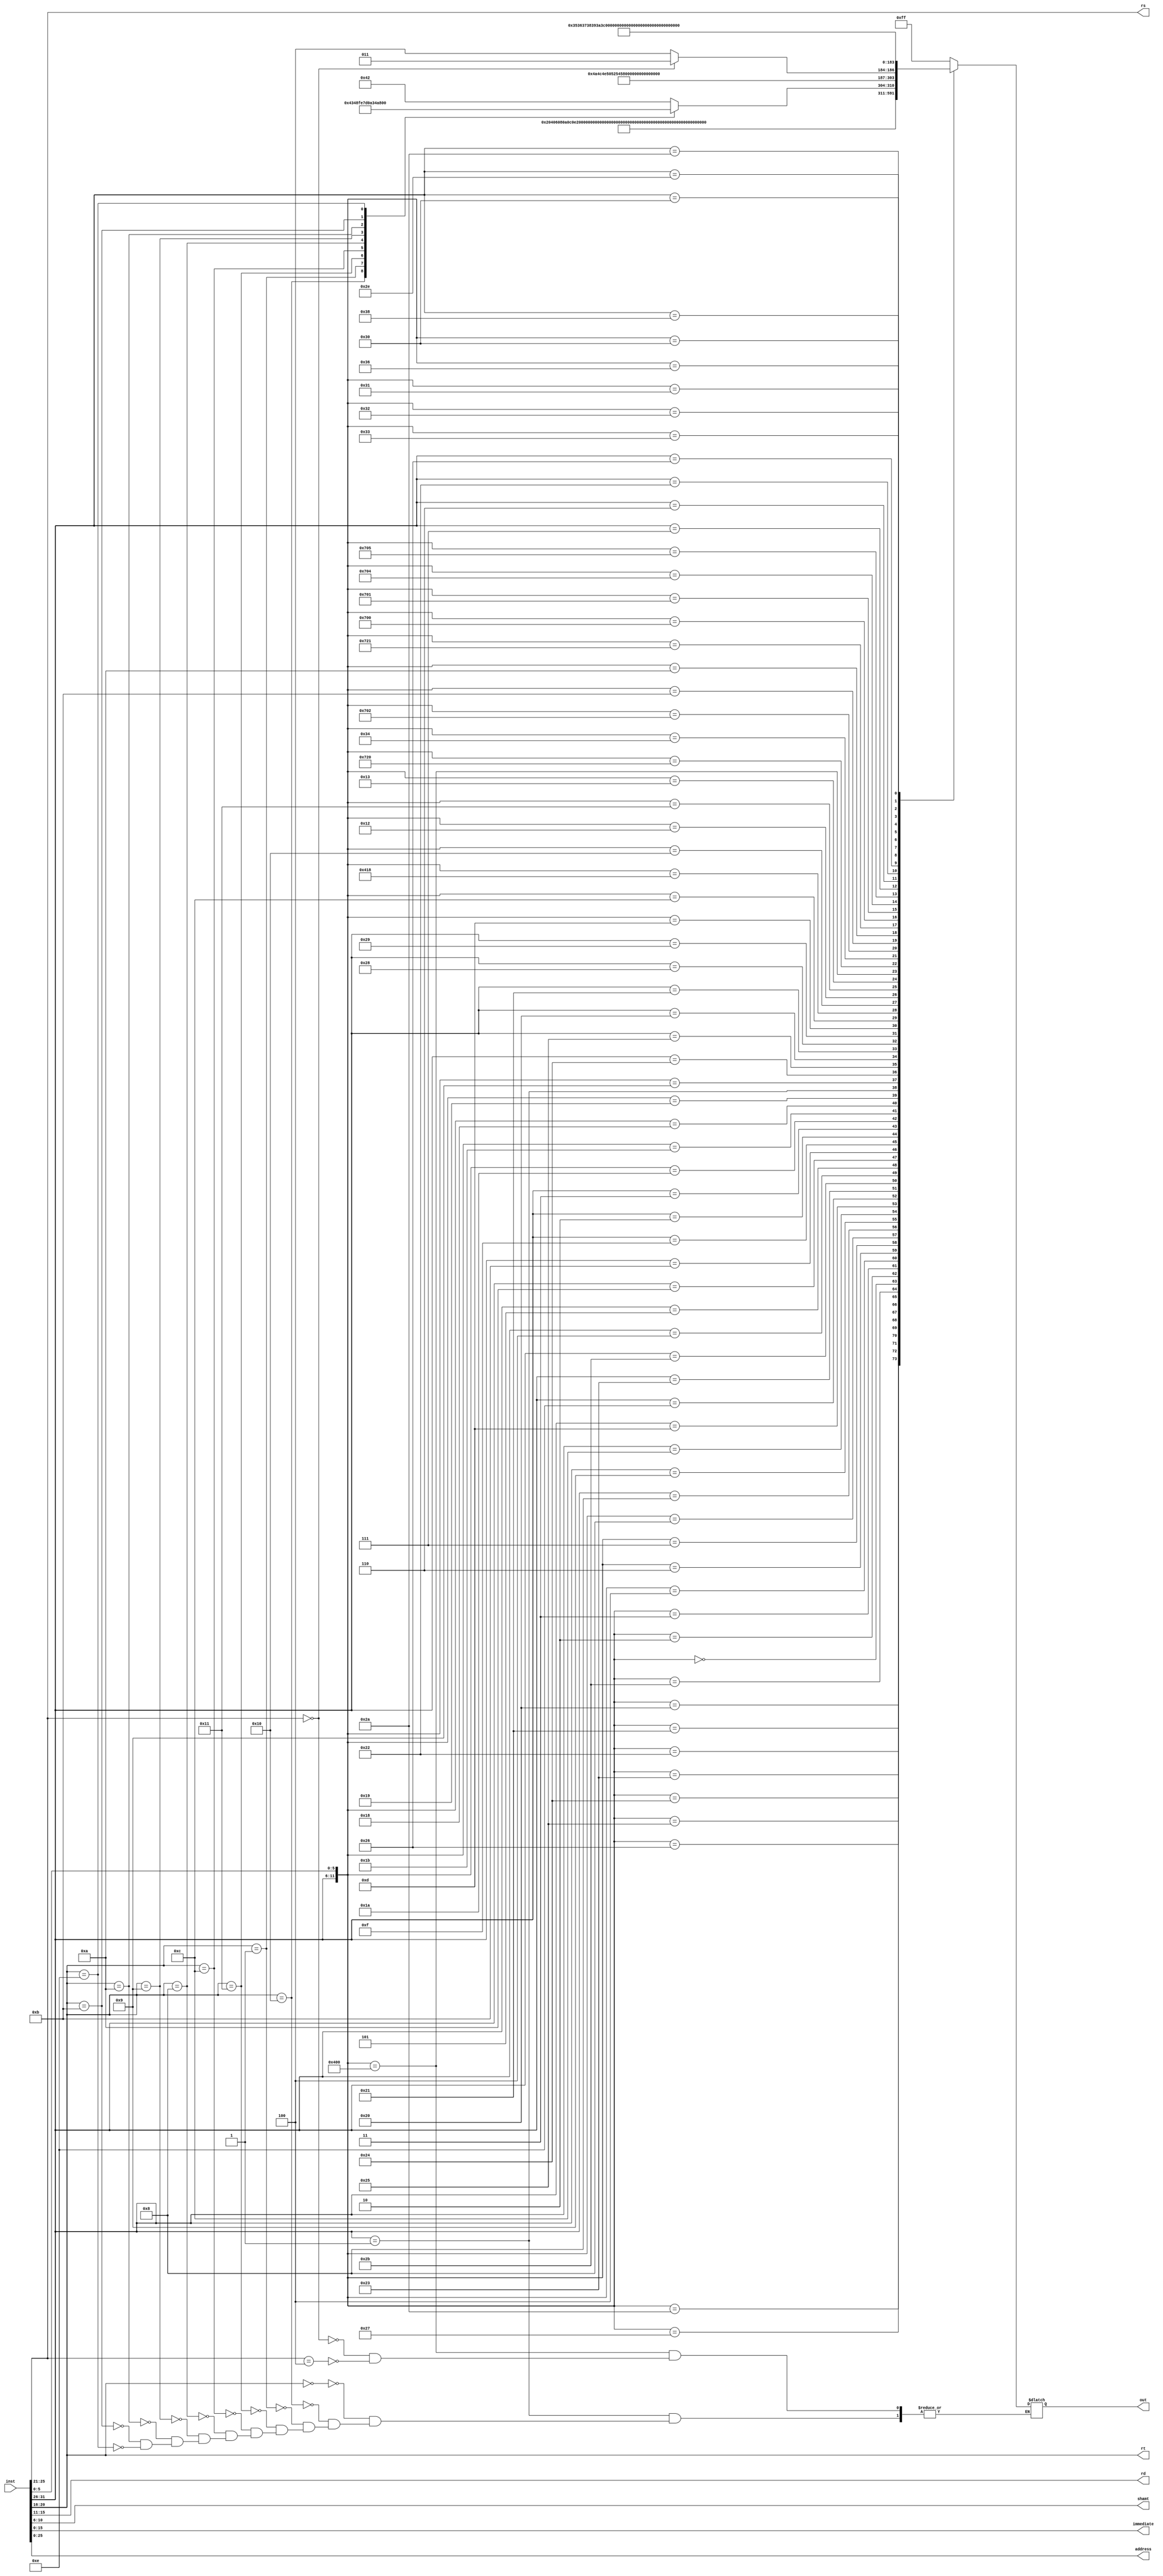
`timescale 1ns / 1ps
module decoder(
    input [31:0] inst,
    output [4:0] rs,
    output [4:0] rt,
    output [4:0] rd,
    output [4:0] shamt,
    output [15:0] immediate,
    output [25:0] address,
    output reg [7:0] out
    );
    assign rs = inst[25:21];
    assign rt = inst[20:16];
    assign rd = inst[15:11];
    assign shamt = inst[10:6];
    assign immediate = inst[15:0];
    assign address = inst[25:0];
    assign base = inst[25:21];
    assign offset = inst[15:0];
    
    parameter ADD=8'd1,ADDU=8'd2,SUB=8'd3,SUBU=8'd4,AND=8'd5,OR=8'd6,XOR=8'd7,NOR=8'd8,SLT=8'd9,SLTU=8'd10,SLL=8'd11,SRL=8'd12,SRA=8'd13,SLLV=8'd14,SRLV=8'd15,SRAV=8'd16,JR=8'd17,
    ADDI=8'd18,ADDIU=8'd19,ANDI=8'd20,ORI=8'd21,XORI=8'd22,LW=8'd23,SW=8'd24,BEQ=8'd25,BNE=8'd26,SLTI=8'd27,SLTIU=8'd28,LUI=8'd29,J=8'd30,JAL=8'd31,
    
    DIV=8'd32,DIVU=8'd33,MULT=8'd34,MULTU=8'd35,BGEZ=8'd36,JALR=8'd37,LBU=8'd38,LHU=8'd39,LB=8'd40,LH=8'd41,SB=8'd42,SH=8'd43,BREAK=8'd44,SYSCALL=8'd45,ERET=8'd46,MFHI=8'd47,MFLO=8'd48,
    MTHI=8'd49,MTLO=8'd50,MFC0=8'd51,MTC0=8'd52,CLZ=8'd53,TEQ=8'd54,MUL=8'd55,
    
    MOVN=8'd56,MOVZ=8'd57,CLO=8'd58,MADD=8'd59,MADDU=8'd60,MSUB=8'd61,MSUBU=8'd62,
    BGEZAL=8'd63,BGTZ=8'd64,BLEZ=8'd65,BLTZ=8'd66,BLTZAL=8'd67,
    LL=8'd68,LWL=8'd69,LWR=8'd70,SC=8'd71,SWL=8'd72,SWR=8'd73,
    TGE=8'd74,TGEU=8'd75,TLT=8'd76,TLTU=8'd77,TNE=8'd78,TEQI=8'd79,TGEI=8'd80,TGEIU=8'd81,TLTI=8'd82,TLTIU=8'd83,TNEI=8'd84;
    
    wire [11:0] tmp;
    assign tmp = {inst[31:26],inst[5:0]};
    always @ (*)
    begin
        casez(tmp)
            12'b000000100000 :out <= ADD;
            12'b000000100001 :out <= ADDU;
            12'b000000100010 :out <= SUB;
            12'b000000100011 :out <= SUBU;
            12'b000000100100 :out <= AND;
            12'b000000100101 :out <= OR;
            12'b000000100110 :out <= XOR;
            12'b000000100111 :out <= NOR;
            12'b000000101010 :out <= SLT;
            12'b000000101011 :out <= SLTU;
            12'b000000000000 :out <= SLL;
            12'b000000000010 :out <= SRL;
            12'b000000000011 :out <= SRA;
            12'b000000000100 :out <= SLLV;
            12'b000000000110 :out <= SRLV;
            12'b000000000111 :out <= SRAV;
            12'b000000001000 :out <= JR;
            12'b001000?????? :out <= ADDI;
            12'b001001?????? :out <= ADDIU;
            12'b001100?????? :out <= ANDI;
            12'b001101?????? :out <= ORI;
            12'b001110?????? :out <= XORI;
            12'b100011?????? :out <= LW;
            12'b101011?????? :out <= SW;
            12'b000100?????? :out <= BEQ;
            12'b000101?????? :out <= BNE;
            12'b001010?????? :out <= SLTI;
            12'b001011?????? :out <= SLTIU;
            12'b001111?????? :out <= LUI;
            12'b000010?????? :out <= J;
            12'b000011?????? :out <= JAL;
            //23extend
            12'b000000011010 :out <= DIV;
            12'b000000011011 :out <= DIVU;
            12'b000000011000 :out <= MULT;
            12'b000000011001 :out <= MULTU;
            12'b000001?????? :begin
                case(rt)
                5'b00000:out <= BLTZ;
                5'b10000:out <= BLTZAL;
                5'b00001:out <= BGEZ;
                5'b10001:out <= BGEZAL;
                5'b01100 :out <= TEQI;
                5'b01000 :out <= TGEI;
                5'b01001 :out <= TGEIU;
                5'b01010 :out <= TLTI;
                5'b01011 :out <= TLTIU;
                5'b01110 :out <= TNEI;
                endcase    
            end
            12'b000000001001 :out <= JALR;
            12'b100100?????? :out <= LBU;
            12'b100101?????? :out <= LHU;
            12'b100000?????? :out <= LB;
            12'b100001?????? :out <= LH;
            12'b101000?????? :out <= SB;
            12'b101001?????? :out <= SH;
            12'b000000001101 :out <= BREAK;
            12'b000000001100 :out <= SYSCALL;
            12'b010000011000 :out <= ERET;
            12'b000000010000 :out <= MFHI;
            12'b000000010010 :out <= MFLO;
            12'b000000010001 :out <= MTHI;
            12'b000000010011 :out <= MTLO;
            12'b010000000000 :begin
                if(rs==5'b00000) out <= MFC0;
                else if(rs==5'b00100) out <= MTC0;
            end
            12'b011100100000 :out <= CLZ;
            12'b000000110100 :out <= TEQ;
            //extend
            12'b011100000010 :out <= MUL;
            12'b000000001011 :out <= MOVN;
            12'b000000001010 :out <= MOVZ;
            12'b011100100001 :out <= CLO;
            12'b011100000000 :out <= MADD;
            12'b011100000001 :out <= MADDU;
            12'b011100000100 :out <= MSUB;
            12'b011100000101 :out <= MSUBU;
            12'b000111?????? :out <= BGTZ;
            12'b000110?????? :out <= BLEZ;
            12'b100010?????? :out <= LWL;
            12'b100110?????? :out <= LWR;
            12'b101010?????? :out <= SWL;
            12'b101110?????? :out <= SWR;
            12'b110000?????? :out <= LL;
            12'b111000?????? :out <= SC;
            12'b000000110000 :out <= TGE;
            12'b000000110001 :out <= TGEU;
            12'b000000110010 :out <= TLT;
            12'b000000110011 :out <= TLTU;
            12'b000000110110 :out <= TNE;
            default:          out <= 8'hFF;
        endcase
    end 
endmodule